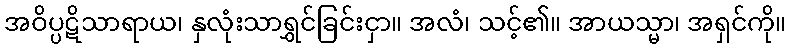
အဝိပ္ပဋိသာရာယ၊ နှလုံးသာရွှင်ခြင်းငှာ။ အလံ၊ သင့်၏။ အာယသ္မာ၊ အရှင်ကို။